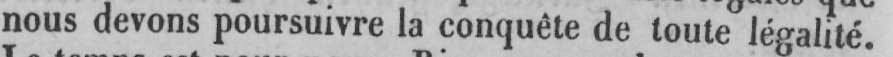
nous devons poursuivre la conquête de toute légalité.